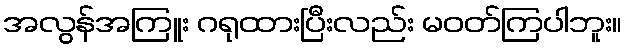
အလွန်အကြူး ဂရုထားပြီးလည်း မဝတ်ကြပါဘူး။